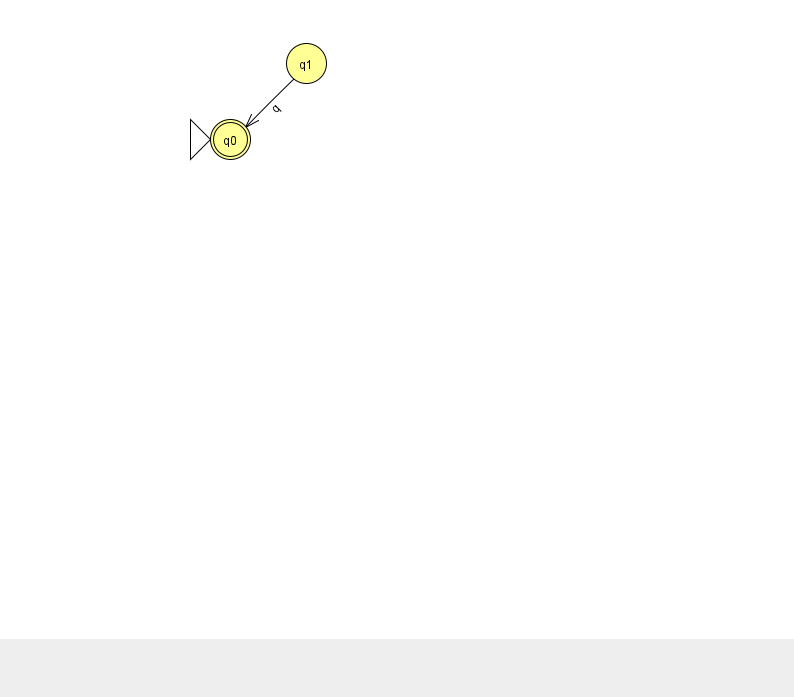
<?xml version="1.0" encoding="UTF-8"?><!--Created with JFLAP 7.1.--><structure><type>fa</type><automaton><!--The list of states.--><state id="0" name="q0"><x>230.0</x><y>126.0</y><initial/><final/></state><state id="1" name="q1"><x>306.0</x><y>50.0</y></state><!--The list of transitions.--><transition><from>1</from><to>0</to><read>q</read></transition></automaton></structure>